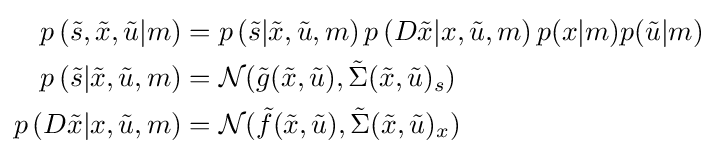
{\begin{aligned}p\left({\tilde {s}},{\tilde {x}},{\tilde {u}}\vert m\right)&=p\left({\tilde {s}}\vert {\tilde {x}},{\tilde {u}},m\right)p\left({D{\tilde {x}}\vert x,{\tilde {u}},m}\right)p(x\vert m)p({\tilde {u}}\vert m)\\p\left({\tilde {s}}\vert {\tilde {x}},{\tilde {u}},m\right)&={\mathcal {N}}({\tilde {g}}({\tilde {x}},{\tilde {u}}),{\tilde {\Sigma }}({\tilde {x}},{\tilde {u}})_{s})\\p\left({D{\tilde {x}}\vert x,{\tilde {u}},m}\right)&={\mathcal {N}}({\tilde {f}}({\tilde {x}},{\tilde {u}}),{\tilde {\Sigma }}({\tilde {x}},{\tilde {u}})_{x})\\\end{aligned}}